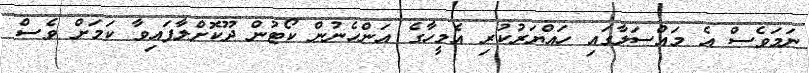
ނަމަވެސް އެ މައްސަލާގައި ހައްޔަރުކުރި އެމީހާގެ އަންހެނުން ކޯޓުން ދޫކޮށްލާފައިވާ ކަމަށް ވެސް